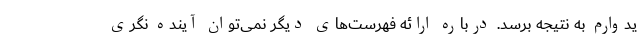
یدوارم به نتیجه برسد. درباره ارائه فهرست‌های دیگر نمی‌توان آینده نگری